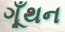
ગૂઁથન